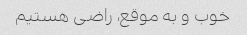
خوب و به موقع، راضی هستیم